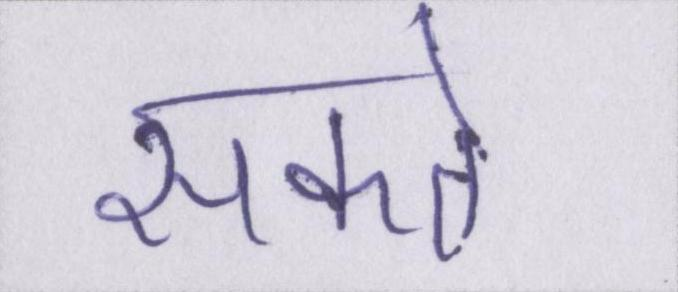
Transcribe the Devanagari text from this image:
सकते